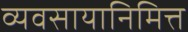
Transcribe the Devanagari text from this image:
व्यवसायानिमित्त